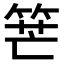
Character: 𥭶